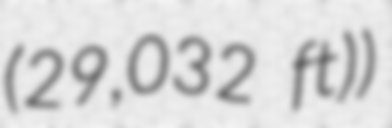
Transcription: (29,032 ft))